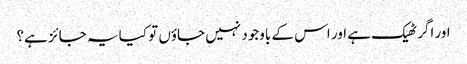
اور اگر ٹھیک ہے اور اس کے باوجود نہیں جاؤں تو کیا یہ جائز ہے؟